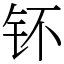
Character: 钚